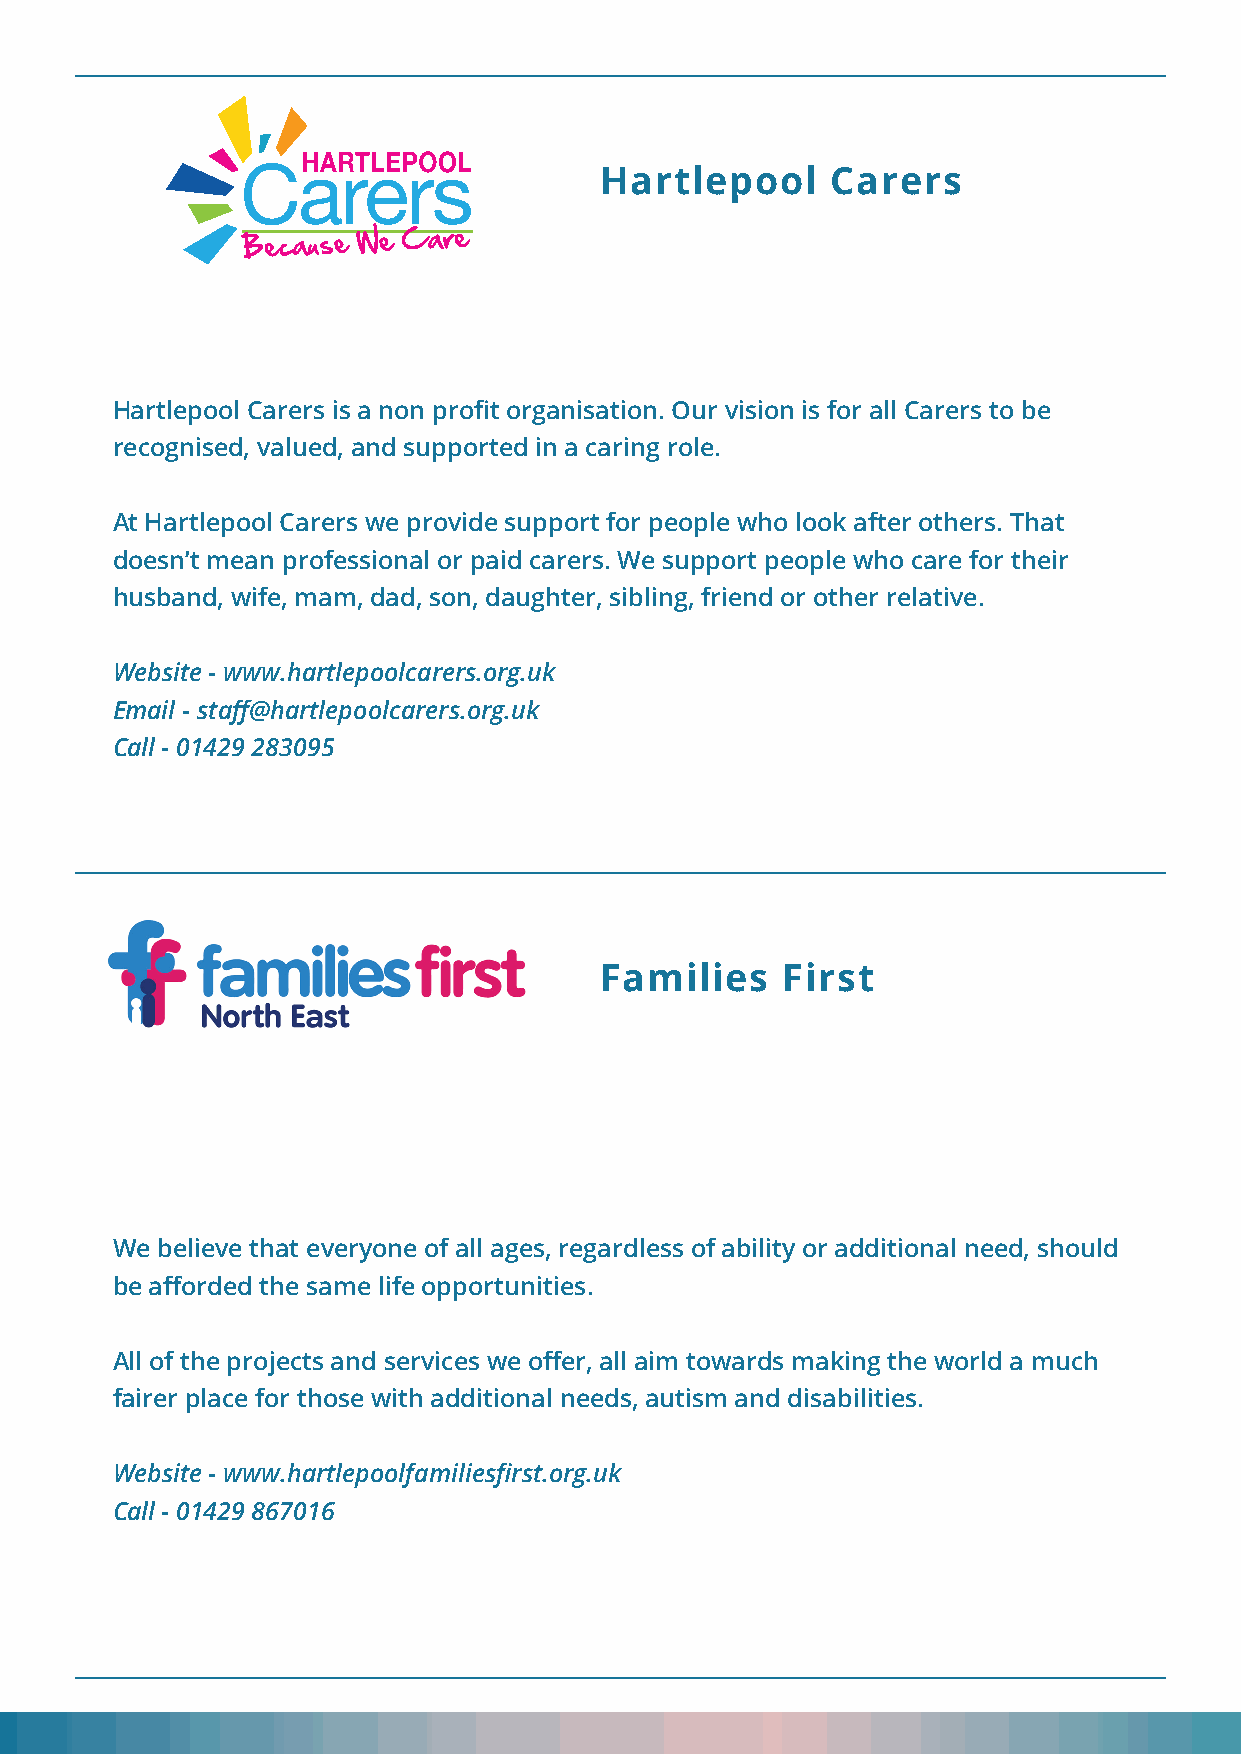
Hartlepool     Carers
 Hartlepool Carers is a non profit organisation. Our vision is for all Carers to be
 recognised, valued, and supported in a caring role.
 At Hartlepool Carers we provide support for people who look after others. That
 doesn’t mean professional or paid carers. We support people who care for their
 husband, wife, mam, dad, son, daughter, sibling, friend or other relative.
 Website - www.hartlepoolcarers.org.uk
 Email - staff@hartlepoolcarers.org.uk
 Call - 01429 283095
 Families    First
 We believe that everyone of all ages, regardless of ability or additional need, should
 be afforded the same life opportunities.
 All of the projects and services we offer, all aim towards making the world a much
 fairer place for those with additional needs, autism and disabilities.
 Website - www.hartlepoolfamiliesfirst.org.uk
 Call - 01429 867016